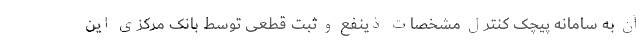
آن به سامانه پیچک کنترل مشخصات ذینفع و ثبت قطعی توسط بانک مرکزی این